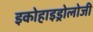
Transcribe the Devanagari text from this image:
इकोहाइड्रोलोजी